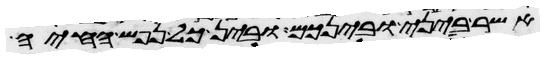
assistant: אשר ביני ובינכם ובין כל נפש החיה